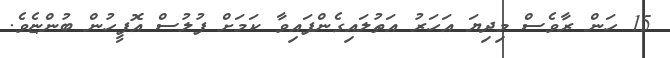
15 ހަން ރާވެސް މިދިޔަ އަހަރު އަތުލައިގެންފައިވާ ކަަމަށް ފުލުސް އޮފީހުން ބުންޏެވެ.